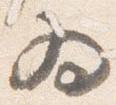
為